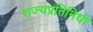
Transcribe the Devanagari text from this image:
राज्यप्रतिनिधी